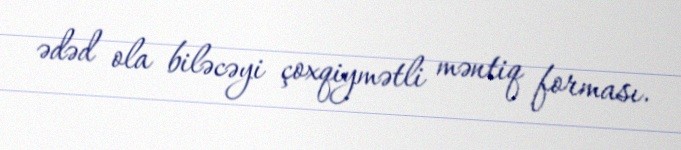
ədəd ola biləcəyi çoxqiymətli məntiq forması.